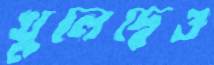
খুলেছেও